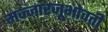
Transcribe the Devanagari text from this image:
मज्जारजूभोवती